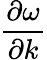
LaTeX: \frac{\partial\omega}{\partial k}